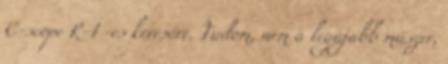
C-scope R-1 -es keresőre. Tudom, nem a legújabb műszer,